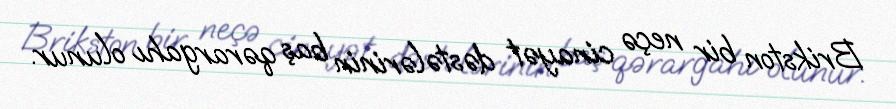
Brikston bir neçə cinayət dəstələrinin baş qərargahı olunur.